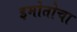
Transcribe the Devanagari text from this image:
इमोतोचा